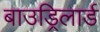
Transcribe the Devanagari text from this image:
बाउड्रिलार्ड